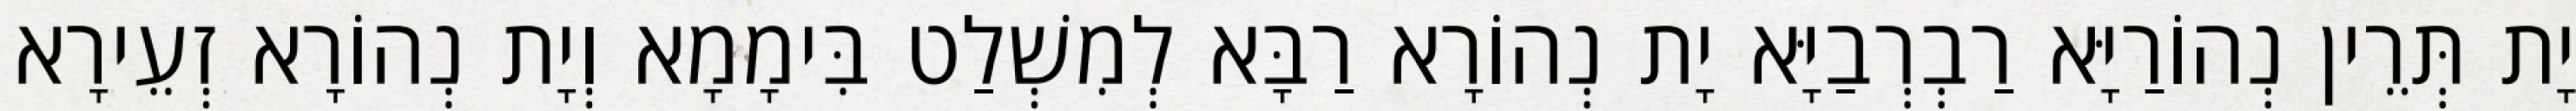
יָת תְּרֵין נְהוֹרַיָּא רַבְרְבַיָּא יָת נְהוֹרָא רַבָּא לְמִשְׁלַט בִּימָמָא וְיָת נְהוֹרָא זְעֵירָא